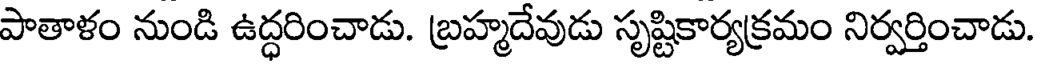
పాతాళం నుండి ఉద్ధరించాడు. బ్రహ్మదేవుడు సృష్టికార్యక్రమం నిర్వర్తించాడు.